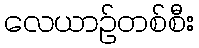
လေယာဉ်တစ်စီး